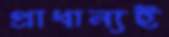
প্রাধান্যই